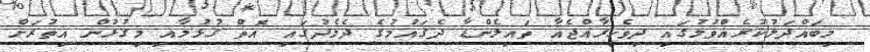
މިބައްދަލުކުރެއްވުމުގައި ދިވެހިރާއްޖެއާ ތައިލެންޑާ ދެޤައުމުގެ ދެމެދުގައި އޮތް ގުޅުމާއި މިގުޅުން އިތުރަށް